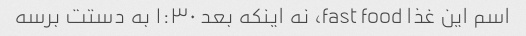
اسم این غذا fast food، نه اینکه بعد ۱:۳۰ به دستت برسه